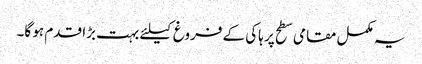
یہ مکمل مقامی سطح پر ہاکی کے فروغ کیلئے بہت بڑا قدم ہو گا۔